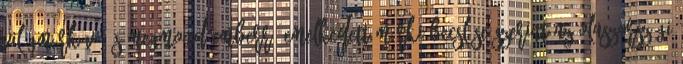
világmárkává és megmondóemberré emelkedett márki becslése szerint az olaszországi